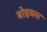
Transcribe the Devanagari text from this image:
बोइक्स